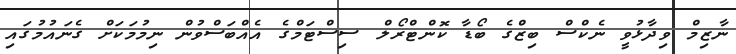
ނާޒިމް ވިދާޅުވީ ނެކްސް ބިޒްގެ ބޯޑާ ކޮންޓްރޯލް ސިސްޓަމްގެ އެއްބަސްވުން ނިމުމަކަށް ގެނައުމުގައި